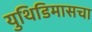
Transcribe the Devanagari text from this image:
युथिडिमासचा